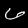
Label: 6